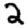
Digit: 2